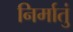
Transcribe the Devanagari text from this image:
निर्मातुं